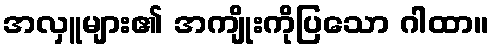
အလှူများ၏ အကျိုးကိုပြသော ဂါထာ။